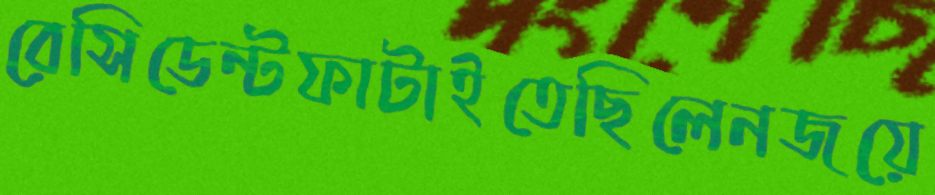
রেসিডেন্টফাটাইতেছিলেনজয়ে